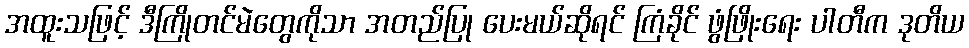
အထူးသဖြင့် ဒီကြိုတင်မဲတွေကိုသာ အတည်ပြု ပေးမယ်ဆိုရင် ကြံခိုင် ဖွံဖြိုးရေး ပါတီက ဒုတိယ